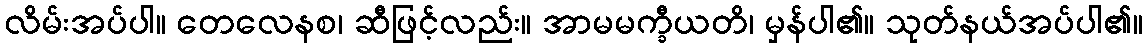
လိမ်းအပ်ပါ။ တေလေနစ၊ ဆီဖြင့်လည်း။ အာမမက္ခီယတိ၊ မှန်ပါ၏။ သုတ်နယ်အပ်ပါ၏။